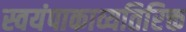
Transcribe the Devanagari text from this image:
स्वयंपाकाव्यतिरिक्त